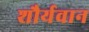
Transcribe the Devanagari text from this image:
शौर्यवान